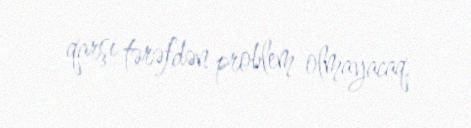
qarşı tərəfdən problem olmayacaq.